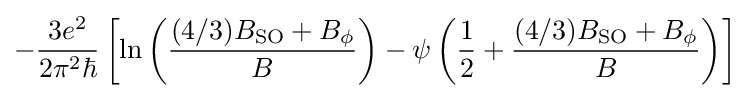
-{3e^{2} \over 2\pi ^{2}\hbar }\left[\ln \left({(4/3)B_{\text{SO}}+B_{\phi } \over B}\right)-\psi \left({1 \over 2}+{(4/3)B_{\text{SO}}+B_{\phi } \over B}\right)\right]